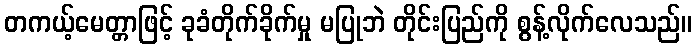
တကယ့်မေတ္တာဖြင့် ခုခံတိုက်ခိုက်မှု မပြုဘဲ တိုင်းပြည်ကို စွန့်လိုက်လေသည်။